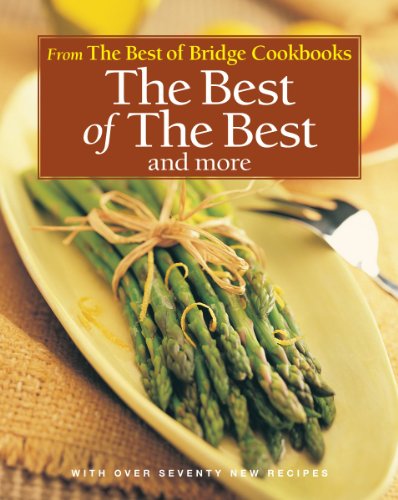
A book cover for The Best of the Best and More (The Best of Bridge); The Editors of Best of Bridge; Cookbooks, Food & Wine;